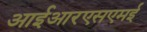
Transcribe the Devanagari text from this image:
आईआरएसएमई